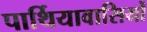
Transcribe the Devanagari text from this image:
पार्थियावासियों